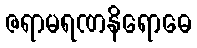
ဇရာမရဏနိရောဓေ